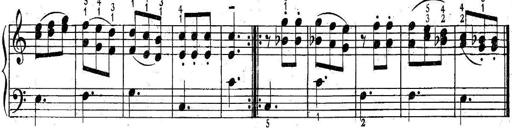
Title: 6 Easy Sonatinas
Composer: Carl Czerny